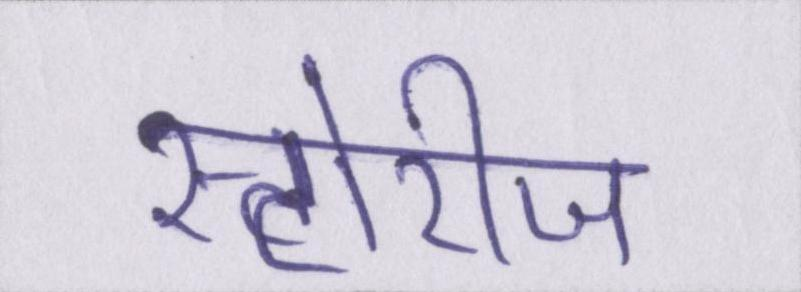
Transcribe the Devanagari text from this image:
स्टोरीज